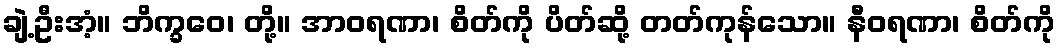
ချဲ့ဦးအံ့။ ဘိက္ခဝေ၊ တို့။ အာဝရဏာ၊ စိတ်ကို ပိတ်ဆို့ တတ်ကုန်သော။ နီဝရဏာ၊ စိတ်ကို